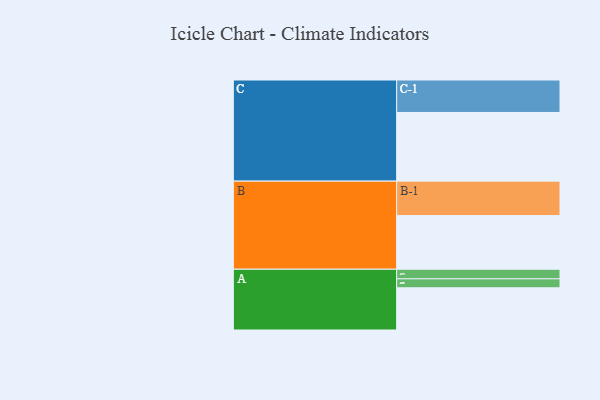
{"axis": {"x": "Segment", "y": "Value"}, "legend": ["", "A", "B", "C"], "data": [{"x": "A", "y": 321, "type": ""}, {"x": "B", "y": 408, "type": ""}, {"x": "C", "y": 522, "type": ""}, {"x": "A-1", "y": 73, "type": "A"}, {"x": "A-2", "y": 68, "type": "A"}, {"x": "B-1", "y": 262, "type": "B"}, {"x": "C-1", "y": 247, "type": "C"}]}